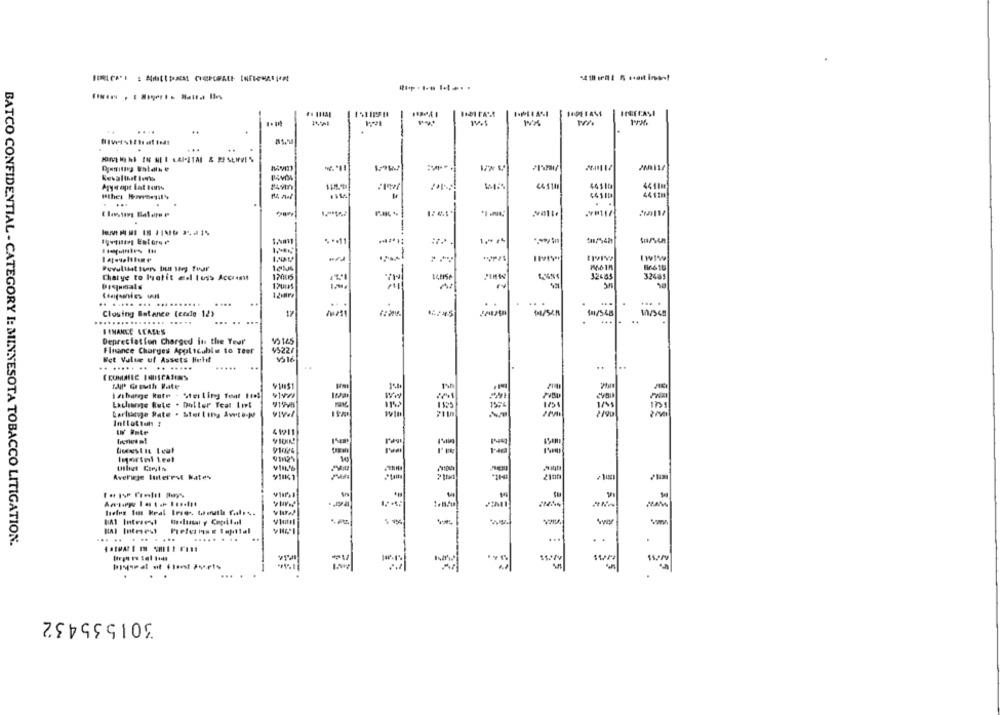
HERECAŞI
-
....
-
.
Aryrapt Lat tons
44 $10
46510
4411m
44 1tm
...
-
44110
...
tam
1 .- ..
..
1
I WIW
Puvulthat Isens Ihn leg fear
Chatye to latit del Iuss Account
170015
32465
32485
12viva
. .
.. ..... .... ....
.. .
Closing Balance (code 12)
17
(m/548
...
..
S IMANKE LEASES
Depreciation Charged in the Year'
95 165
Finance Charges Applicable to Teer
4522/
Ret Value of Assets linhit
volé
...
.. ..... .. .. .....
( COMALLE INDICATIONS
TAP' Growth Rate
Idibange Rate - Sterling feat Ho!
Exchange Rute . Doller Teat Lol
9195
barlume Rate . Sterling Awto-W
419211
91024
10
vin'S
-
Averigje Interest Mates
21th
fa
MAN
-
w
-
HAI Intesest
BATCO CONFIDENTIAL - CATEGORY I: MINNESOTA TOBACCO LITIGATION.
... ... ......
..
.
.
301535432